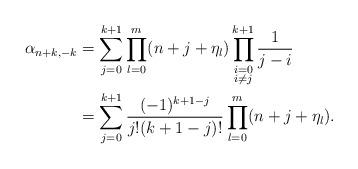
LaTeX: \begin{align*}\alpha_{n+k,-k}& = \sum_{j=0}^{k+1} \prod_{l=0}^m (n+j+\eta_l) \prod_{\begin{subarray}{c} i=0 \\ i \neq j \end{subarray}}^{k+1} \frac{1}{j-i}\\& = \sum_{j=0}^{k+1} \frac{(-1)^{k+1-j}}{j! (k+1-j)!} \prod_{l=0}^m (n+j+\eta_l) . \end{align*}